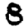
Digit: 8